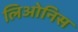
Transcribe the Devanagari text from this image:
लिओनिस